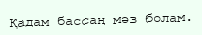
Қадам бассаң мәз болам.